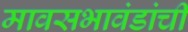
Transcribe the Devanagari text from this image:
मावसभावंडांचीं